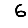
Digit: 6